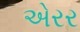
એરર